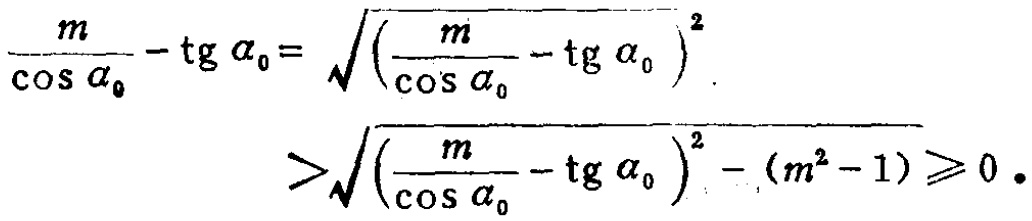
\[\begin{align*}

\frac{m}{\cos \alpha_{0}}-\operatorname{tg} \alpha_{0}&=\sqrt{\left(\frac{m}{\cos \alpha_{0}}-\operatorname{tg} \alpha_{0}\right)^{2}}\\

&>\sqrt{\left(\frac{m}{\cos \alpha_{0}}-\operatorname{tg} \alpha_{0}\right)^{2}-(m^{2}-1)}\geqslant 0 .

\end{align*}\]